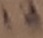
Text: 12